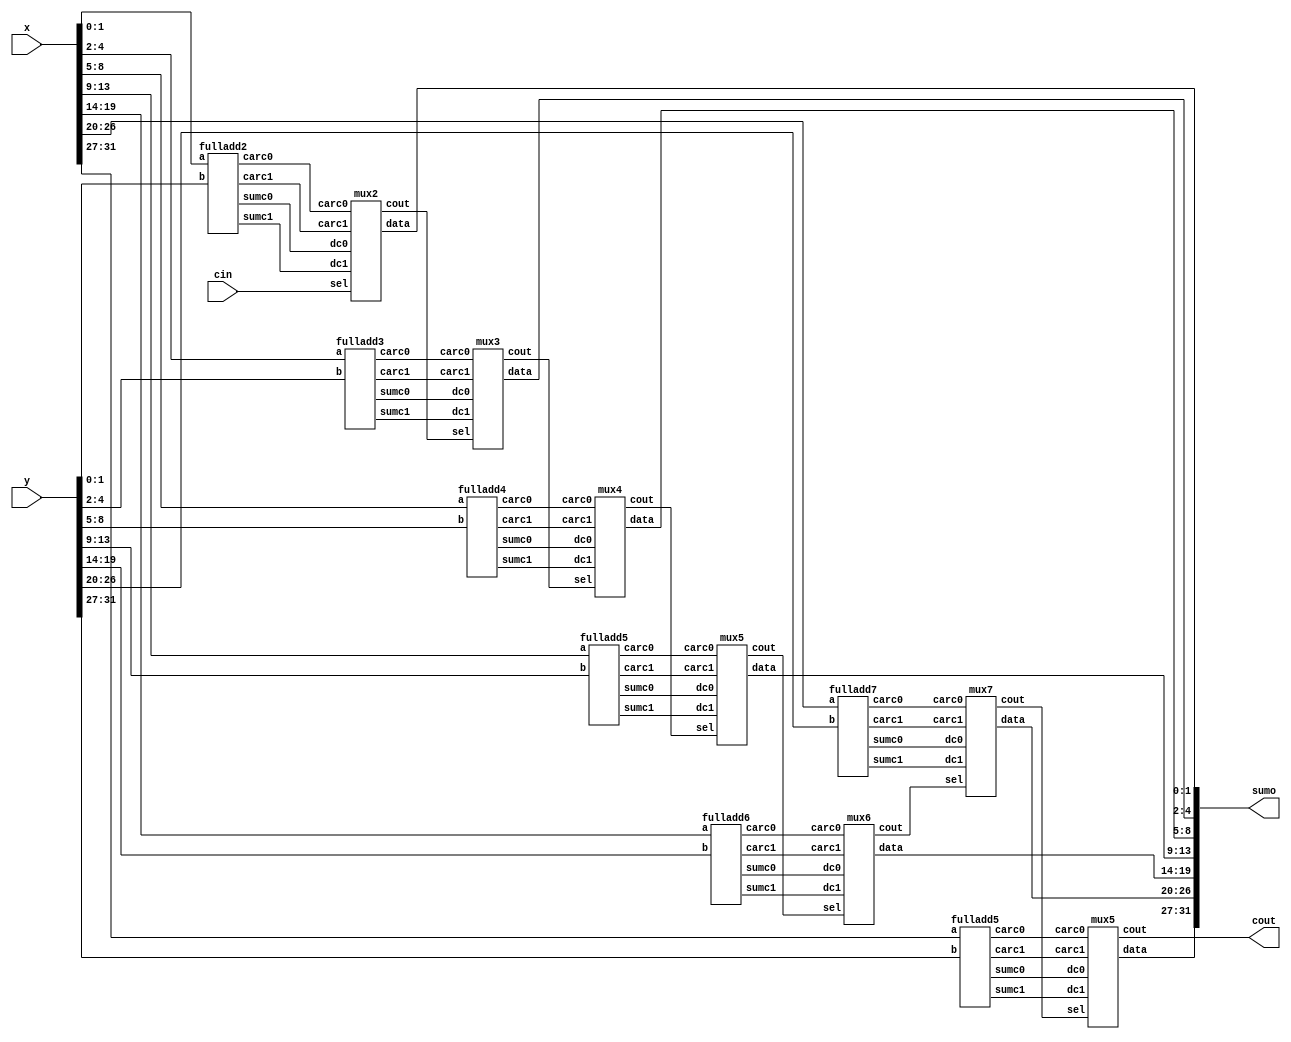
`timescale 1ns / 1ps
//////////////////////////////////////////////////////////////////////////////////
// Company: XRD
// 
// Design Name: 
// Module Name:    crisel 
// Project Name: 
// Target Devices: 
// Tool versions: 
// Description: 
//
// Dependencies: 
//
// Revision: 
// Revision 0.01 - File Created
// Additional Comments: 
//
//////////////////////////////////////////////////////////////////////////////////
module casqu(

x,y,cin,
cout,sumo
);

input [31:0]x;
input [31:0]y;
input cin;
output  cout;
output  [31:0]sumo;

wire [6:0]carc1,carc0;
wire [5:0]c;
wire [31:0] sumc1,sumc0;


fulladd2 ad1(x[1:0],y[1:0],sumc1[1:0],sumc0[1:0],carc1[0],carc0[0]);
mux2 m1(cin,sumc1[1:0],sumc0[1:0],carc1[0],carc0[0],sumo[1:0],c[0]);

fulladd3 ad2(x[4:2],y[4:2],sumc1[4:2],sumc0[4:2],carc1[1],carc0[1]);
mux3 m2(c[0],sumc1[4:2],sumc0[4:2],carc1[1],carc0[1],sumo[4:2],c[1]);


fulladd4 ad3(x[8:5],y[8:5],sumc1[8:5],sumc0[8:5],carc1[2],carc0[2]);
mux4 m3(c[1],sumc1[8:5],sumc0[8:5],carc1[2],carc0[2],sumo[8:5],c[2]);

fulladd5 ad4(x[13:9],y[13:9],sumc1[13:9],sumc0[13:9],carc1[3],carc0[3]);
mux5 m4(c[2],sumc1[13:9],sumc0[13:9],carc1[3],carc0[3],sumo[13:9],c[3]);


fulladd6 ad5(x[19:14],y[19:14],sumc1[19:14],sumc0[19:14],carc1[4],carc0[4]);
mux6 m5(c[3],sumc1[19:14],sumc0[19:14],carc1[4],carc0[4],sumo[19:14],c[4]);

fulladd7 ad6(x[26:20],y[26:20],sumc1[26:20],sumc0[26:20],carc1[5],carc0[5]);
mux7 m6(c[4],sumc1[26:20],sumc0[26:20],carc1[5],carc0[5],sumo[26:20],c[5]);


fulladd5 ad7(x[31:27],y[31:27],sumc1[31:27],sumc0[31:27],carc1[6],carc0[6]);
mux5 m7(c[5],sumc1[31:27],sumc0[31:27],carc1[6],carc0[6],sumo[31:27],cout);
endmodule




module fulladd2(
    input [1:0]a,
    input [1:0]b,
    output [1:0]sumc1,sumc0,
    output carc1,carc0
    );
assign {carc0,sumc0} = a+b;
assign {carc1,sumc1} = a+b+1;
endmodule

module fulladd3(
    input [2:0]a,
    input [2:0]b,
    output [2:0]sumc1,sumc0,
    output carc1,carc0
    );
assign {carc0,sumc0} = a+b;
assign {carc1,sumc1} = a+b+1;
endmodule

module fulladd4(
    input [3:0]a,
    input [3:0]b,
    output [3:0]sumc1,sumc0,
    output carc1,carc0
    );
assign {carc0,sumc0} = a+b;
assign {carc1,sumc1} = a+b+1;
endmodule

module fulladd5(
    input [4:0]a,
    input [4:0]b,
    output [4:0]sumc1,sumc0,
    output carc1,carc0
    );
assign {carc0,sumc0} = a+b;
assign {carc1,sumc1} = a+b+1;
endmodule

module fulladd6(
    input [5:0]a,
    input [5:0]b,
    output [5:0]sumc1,sumc0,
    output carc1,carc0
    );
assign {carc0,sumc0} = a+b;
assign {carc1,sumc1} = a+b+1;
endmodule

module fulladd7(
    input [6:0]a,
    input [6:0]b,
    output [6:0]sumc1,sumc0,
    output carc1,carc0
    );
assign {carc0,sumc0} = a+b;
assign {carc1,sumc1} = a+b+1;
endmodule






module mux2(sel, dc1,dc0,carc1,carc0,data,cout);
input carc0,carc1,sel;
input[1:0] dc1,dc0;
output [1:0]data;
output cout;
assign {cout,data} = (sel == 0)? {carc0,dc0} : {carc1,dc1};
endmodule

module mux3(sel, dc1,dc0,carc1,carc0,data,cout);
input carc0,carc1,sel;
input[2:0] dc1,dc0;
output [2:0]data;
output cout;
assign {cout,data} = (sel == 0)? {carc0,dc0} : {carc1,dc1};
endmodule

module mux4(sel, dc1,dc0,carc1,carc0,data,cout);
input carc0,carc1,sel;
input[3:0] dc1,dc0;
output cout;
output [3:0]data;
assign {cout,data} = (sel == 0)? {carc0,dc0} : {carc1,dc1};
endmodule

module mux5(sel, dc1,dc0,carc1,carc0,data,cout);
input carc0,carc1,sel;
input[4:0] dc1,dc0;
output [4:0]data;
output cout;
assign {cout,data} = (sel == 0)? {carc0,dc0} : {carc1,dc1};
endmodule

module mux6(sel, dc1,dc0,carc1,carc0,data,cout);
input carc0,carc1,sel;
input[5:0] dc1,dc0;
output [5:0]data;
output cout;
assign {cout,data} = (sel == 0)? {carc0,dc0} : {carc1,dc1};
endmodule

module mux7(sel, dc1,dc0,carc1,carc0,data,cout);
input carc0,carc1,sel;
input[6:0] dc1,dc0;
output [6:0]data;
output cout;
assign {cout,data} = (sel == 0)? {carc0,dc0} : {carc1,dc1};
endmodule